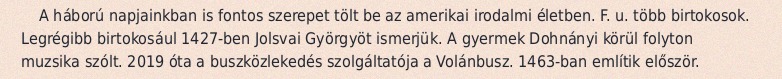
A háború napjainkban is fontos szerepet tölt be az amerikai irodalmi életben. F. u. több birtokosok. Legrégibb birtokosául 1427-ben Jolsvai Györgyöt ismerjük. A gyermek Dohnányi körül folyton muzsika szólt. 2019 óta a buszközlekedés szolgáltatója a Volánbusz. 1463-ban említik először.